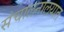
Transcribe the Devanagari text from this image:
संचालनालयात